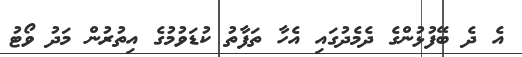
އެ ދެ ބޭފުޅުންގެ ދެމެދުގައި އެހާ ތަފާތު ކުޑަވުމުގެ އިތުރުން މަދު ވޯޓު